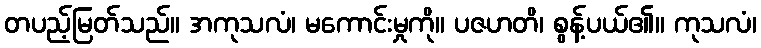
တပည့်မြတ်သည်။ အကုသလံ၊ မကောင်းမှုကို။ ပဇဟတိ၊ စွန့်ပယ်၏။ ကုသလံ၊